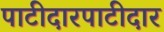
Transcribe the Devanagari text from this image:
पाटीदारपाटीदार